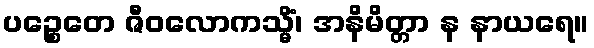
ပဉ္စေတေ ဇီဝလောကသ္မိံ၊ အနိမိတ္တာ န နာယရေ။